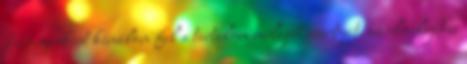
Rétegenként kínálom fel a tartalom mélyebb szintjeit, az elmélyedés